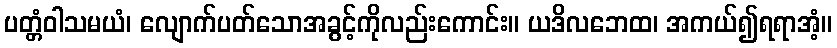
ပတ္တံဝါသမယံ၊ လျောက်ပတ်သောအခွင့်ကိုလည်းကောင်း။ ယဒိလဘေထ၊ အကယ်၍ရရာအံ့။